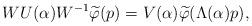
LaTeX: \begin{align*}W U(\alpha)W^{-1}\widetilde{\varphi}(p) = V(\alpha) \widetilde{\varphi}(\Lambda(\alpha)p),\end{align*}